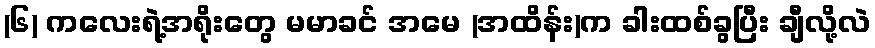
(၆) ကလေးရဲ့အရိုးတွေ မမာခင် အမေ (အထိန်း)က ခါးထစ်ခွပြီး ချီလို့လဲ